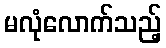
မလုံလောက်သည့်